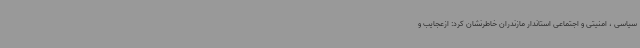
سیاسی ، امنیتی و اجتماعی استاندار مازندران خاطرنشان کرد: ازعجایب و